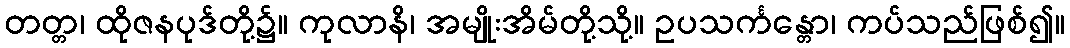
တတ္တ၊ ထိုဇနပုဒ်တို့၌။ ကုလာနိ၊ အမျိုးအိမ်တို့သို့။ ဥပသင်္ကန္တော၊ ကပ်သည်ဖြစ်၍။